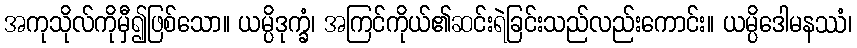
အကုသိုလ်ကိုမှီ၍ဖြစ်သော။ ယမ္ပိဒုက္ခံ၊ အကြင်ကိုယ်၏ဆင်းရဲခြင်းသည်လည်းကောင်း။ ယမ္ပိဒေါမနဿံ၊